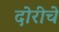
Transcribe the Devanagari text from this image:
दोरीचे